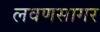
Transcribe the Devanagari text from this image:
लवणसागर